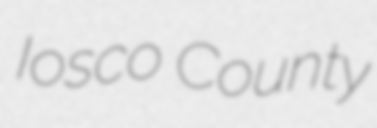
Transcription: Iosco County